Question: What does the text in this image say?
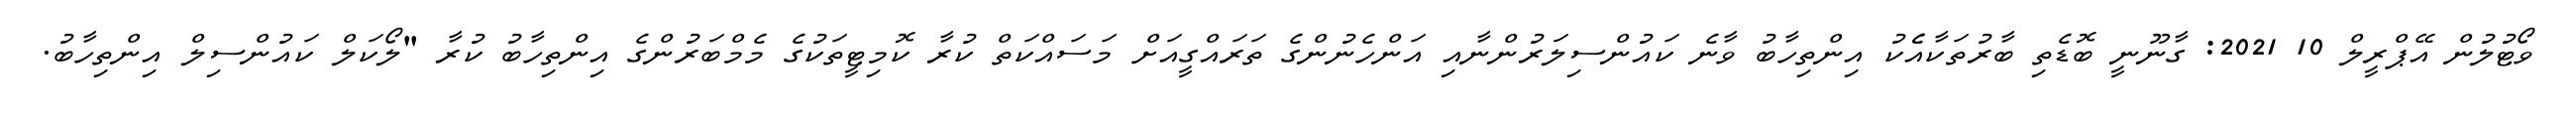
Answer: ވޯޓުލުން އޭޕްރީލް 10 2021: ގާނޫނީ ބޮޑެތި ބާރުތަކާއެެކު އިންތިހާބު ވާނެ ކައުންސިލަރުންނާއި އަންހެނުންގެ ތަރައްގީއަށް މަސައްކަތް ކުރާ ކޮމިޓީތަކުގެ މެމްބަރުންގެ އިންތިހާބު ކުރާ "ލޯކަލް ކައުންސިލް އިންތިހާބު.